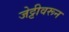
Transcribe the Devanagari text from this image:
जेट्टीवरून